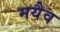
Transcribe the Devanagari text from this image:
मयैव